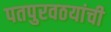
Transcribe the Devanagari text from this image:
पतपुरवठयांची